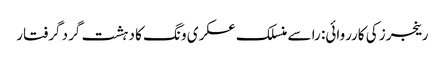
رینجرز کی کارروائی: را سے منسلک عسکری ونگ کا دہشت گرد گرفتار